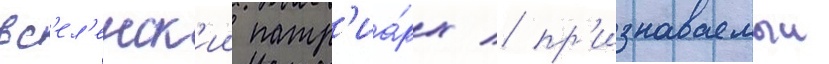
вс'ел'енск'ии патр'иа́рх / пр'изнаваемыи